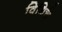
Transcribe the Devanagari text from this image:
विधिचे